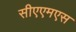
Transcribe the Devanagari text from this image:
सीएएमएस